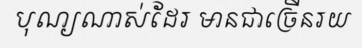
បុណ្យណាស់ដែរ មានជាច្រើនរយ